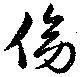
傍